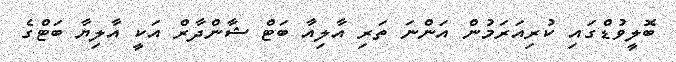
ބޮލީވުޑްގައި ކުރިއަރަމުން އަންނަ ތަރި އާލިއާ ބަޓް ޝާންދާރް އަކީ އާލިޔާ ބަޓްގެ